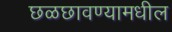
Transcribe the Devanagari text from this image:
छळछावण्यामधील